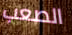
الصعب